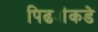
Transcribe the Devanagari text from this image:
पिढ्यांकडे